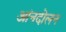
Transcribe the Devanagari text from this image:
आंनदोलन